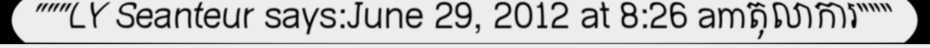
"""LY Seanteur says:June 29, 2012 at 8:26 amតុលាការ"""